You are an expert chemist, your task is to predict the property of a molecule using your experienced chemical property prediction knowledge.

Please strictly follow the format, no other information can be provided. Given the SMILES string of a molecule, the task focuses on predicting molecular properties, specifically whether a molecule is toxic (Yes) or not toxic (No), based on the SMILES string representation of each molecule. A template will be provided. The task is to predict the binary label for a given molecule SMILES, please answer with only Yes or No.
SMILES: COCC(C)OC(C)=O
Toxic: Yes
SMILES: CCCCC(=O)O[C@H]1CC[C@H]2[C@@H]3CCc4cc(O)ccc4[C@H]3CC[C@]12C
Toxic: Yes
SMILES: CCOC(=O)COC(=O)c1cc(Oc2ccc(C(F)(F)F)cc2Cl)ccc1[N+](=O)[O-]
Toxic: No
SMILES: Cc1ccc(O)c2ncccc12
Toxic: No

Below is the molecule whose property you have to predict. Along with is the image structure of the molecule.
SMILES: CCCCCCCC[P+](CCCCCCCC)(CCCCCCCC)CCCCCCCC
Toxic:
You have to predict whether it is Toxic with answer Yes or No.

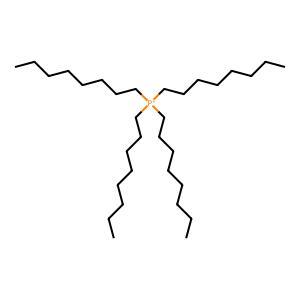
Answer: No